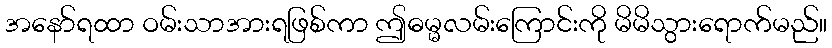
အနော်ရထာ ဝမ်းသာအားရဖြစ်ကာ ဤဓမ္မလမ်းကြောင်းကို မိမိသွားရောက်မည်။